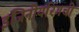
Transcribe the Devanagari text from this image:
इंजिनीयरिंगची